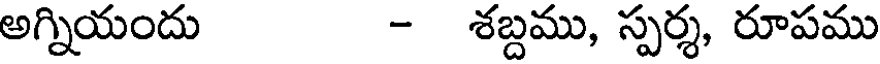
అగ్నియందు - శబ్దము, స్పర్శ, రూపము